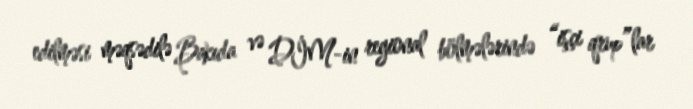
edilməsi məqsədilə Bakıda və DİM-in regional bölmələrində “işçi qrup”lar